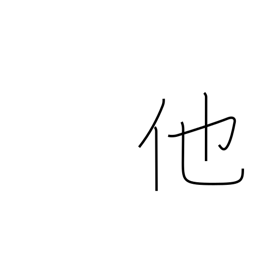
Meaning: other